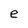
Character: e